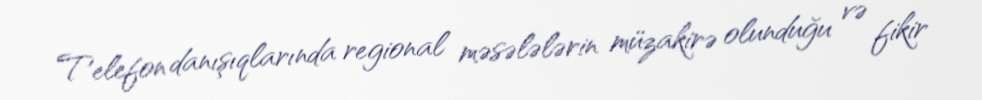
Telefon danışıqlarında regional məsələlərin müzakirə olunduğu və fikir